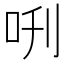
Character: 𠰙